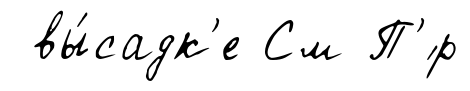
вы́садк'е См П'́р